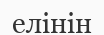
елінін